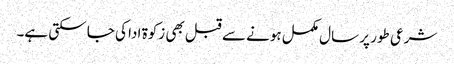
شرعی طور پر سال مکمل ہونے سے قبل بھی زکوۃ ادا کی جا سکتی ہے۔